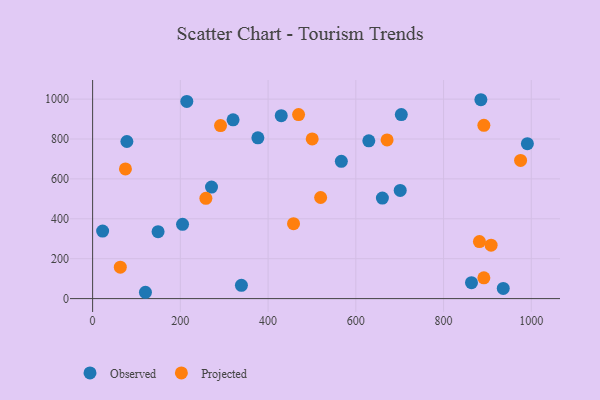
{"axis": {"x": "Distance", "y": "Exam Score"}, "legend": ["Observed", "Projected"], "data": [{"x": "214.7", "y": 988.5, "type": "Observed"}, {"x": "703.7", "y": 922.7, "type": "Observed"}, {"x": "149.2", "y": 335.7, "type": "Observed"}, {"x": "339.2", "y": 66.6, "type": "Observed"}, {"x": "660.6", "y": 504.1, "type": "Observed"}, {"x": "936.1", "y": 50.8, "type": "Observed"}, {"x": "205.0", "y": 372.2, "type": "Observed"}, {"x": "22.8", "y": 338.4, "type": "Observed"}, {"x": "78.1", "y": 787.4, "type": "Observed"}, {"x": "430.0", "y": 917.1, "type": "Observed"}, {"x": "885.1", "y": 996.9, "type": "Observed"}, {"x": "629.6", "y": 791.1, "type": "Observed"}, {"x": "991.1", "y": 776.4, "type": "Observed"}, {"x": "701.2", "y": 542.0, "type": "Observed"}, {"x": "120.4", "y": 31.7, "type": "Observed"}, {"x": "376.7", "y": 805.9, "type": "Observed"}, {"x": "863.7", "y": 79.8, "type": "Observed"}, {"x": "271.0", "y": 559.0, "type": "Observed"}, {"x": "320.2", "y": 896.1, "type": "Observed"}, {"x": "567.0", "y": 687.9, "type": "Observed"}, {"x": "881.8", "y": 286.0, "type": "Projected"}, {"x": "458.0", "y": 375.7, "type": "Projected"}, {"x": "74.8", "y": 650.1, "type": "Projected"}, {"x": "291.6", "y": 867.3, "type": "Projected"}, {"x": "671.3", "y": 795.5, "type": "Projected"}, {"x": "891.9", "y": 104.2, "type": "Projected"}, {"x": "975.6", "y": 692.5, "type": "Projected"}, {"x": "469.5", "y": 922.6, "type": "Projected"}, {"x": "63.1", "y": 157.4, "type": "Projected"}, {"x": "891.9", "y": 868.5, "type": "Projected"}, {"x": "519.8", "y": 506.8, "type": "Projected"}, {"x": "258.2", "y": 502.4, "type": "Projected"}, {"x": "500.6", "y": 800.6, "type": "Projected"}, {"x": "908.4", "y": 267.9, "type": "Projected"}]}